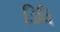
ડિવિ